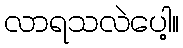
လာရသလဲပေါ့။